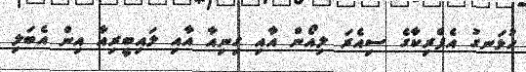
ހުޅަނގު އެފްރިކާގެ ސިއެރަ ލިއޯން އާއި ގިނިއާ އާއި ލައިބީރިއާ އިން އެބަލި